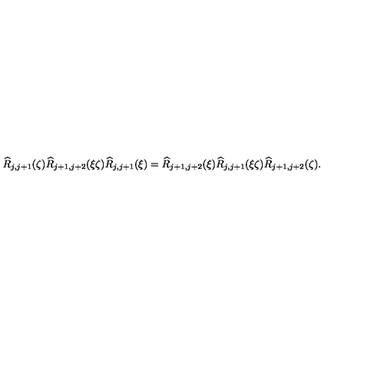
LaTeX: \widehat { R } _ { j , j + 1 } ( \zeta ) \widehat { R } _ { j + 1 , j + 2 } ( \xi \zeta ) \widehat { R } _ { j , j + 1 } ( \xi ) = \widehat { R } _ { j + 1 , j + 2 } ( \xi ) \widehat { R } _ { j , j + 1 } ( \xi \zeta ) \widehat { R } _ { j + 1 , j + 2 } ( \zeta ) .